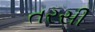
તરસી